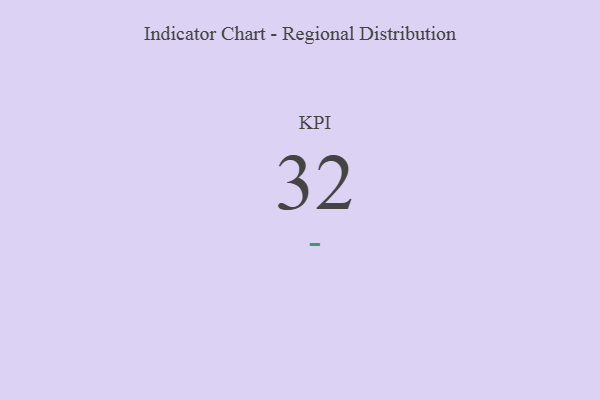
{"axis": {"x": "KPI", "y": "Value"}, "legend": [""], "data": [{"x": "KPI", "y": 32, "type": ""}]}